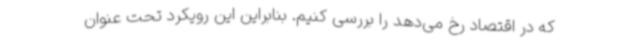
که در اقتصاد رخ می‌دهد را بررسی کنیم. بنابراین این رویکرد تحت عنوان